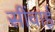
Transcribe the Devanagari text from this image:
सींचाई